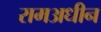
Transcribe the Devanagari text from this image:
रामअधीन